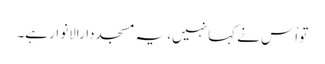
تو اُس نے کہا نہیں، یہ مسجد دارالانوار ہے۔